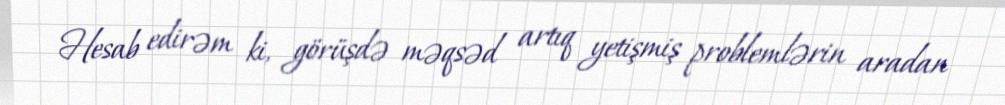
Hesab edirəm ki, görüşdə məqsəd artıq yetişmiş problemlərin aradan